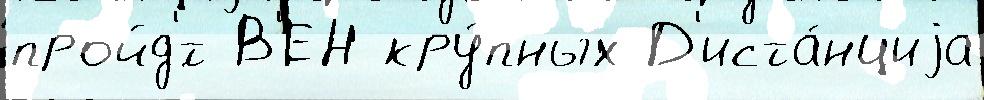
пройд'́т В'ЕН кру́пных Д'иста́нциjа